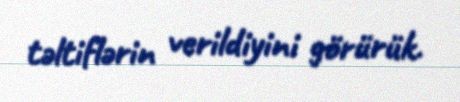
təltiflərin verildiyini görürük.